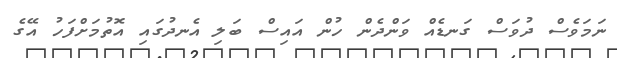
ނަމަވެސް ދުވަސް ގަނޑެއް ވަންދެން ހުން އައިސް ބަލި އެނދުގައި އޮތުމަށްފަހު އޭގެ